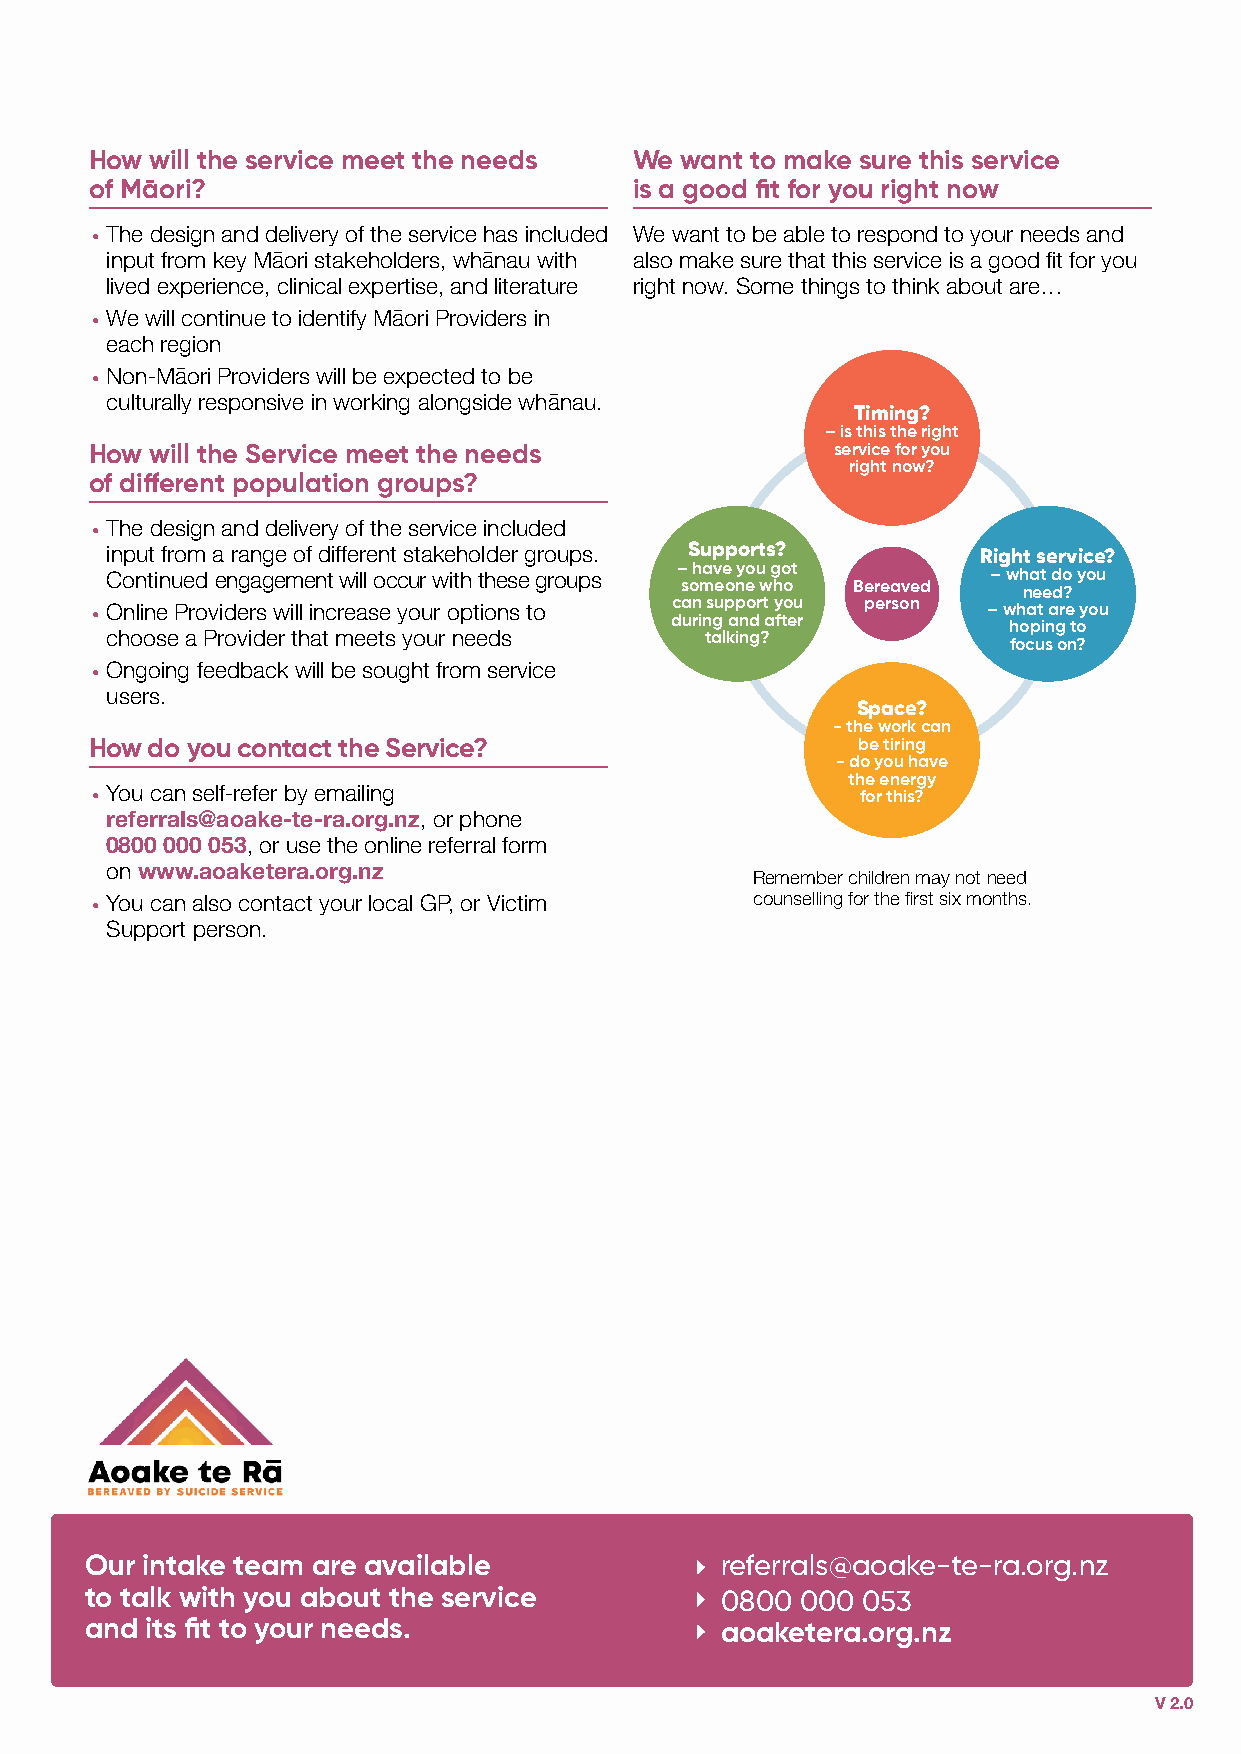
How will the service meet the needs We want to make sure this service
 of Māori?                           is a good fit for you right now
 The design and delivery of the service has included We want to be able to respond to your needs and
 •
 input from key Māori stakeholders, whānau with also make sure that this service is a good fit for you
 lived experience, clinical expertise, and literature right now. Some things to think about are…
 We will continue to identify Māori Providers in
 •
 each region
 Non-Māori Providers will be expected to be
 •
 culturally responsive in working alongside whānau.
 Timing?
 – is this the right
 How will the Service meet the needs              service for you
 right now?
 of different population groups?
 The design and delivery of the service included
 •
 input from a range of different stakeholder groups. Supports? Right service?
 – have you got
 Continued engagement will occur with these groups          – what do you
 someone who Bereaved   need?
 Online Providers will increase your options to can support you person – what are you
 •                                     during and after
 hoping to
 choose a Provider that meets your needs talking?
 focus on?
 Ongoing feedback will be sought from service
 •
 users.
 Space?
 - the work can
 How do you contact the Service?                    be tiring
 - do you have
 the energy
 You can self-refer by emailing
 •                                                  for this?
 referrals@aoake-te-ra.org.nz, or phone
 0800 000 053, or use the online referral form
 on www.aoaketera.org.nz
 Remember children may not need
 You can also contact your local GP, or Victim counselling for the first six months.
 •
 Support person.
 Our intake team are available             referrals@aoake-te-ra.org.nz
 to talk with you about the service        0800 000 053
 and its fit to your needs.                aoaketera.org.nz
 V 2.0